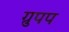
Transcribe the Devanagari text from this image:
ग्रुपप